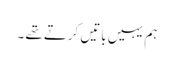
ہم یہیں باتیں کرتے تھے ۔